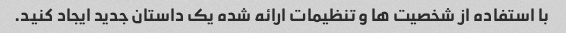
با استفاده از شخصیت ها و تنظیمات ارائه شده یک داستان جدید ایجاد کنید.